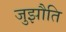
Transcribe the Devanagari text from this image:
जुझौति